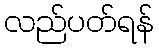
လည်ပတ်ရန်